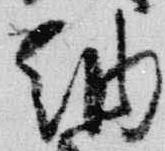
納